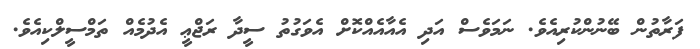
ފަރާތުން ބޭނުންކުރިއެވެ. ނަމަވެސް އަދި އެއާއެއްކޮށް އެވަގުތު ސީދާ ރަޖްޢީ އެދުމެއް ތަމްސީލްކިއެވެ.